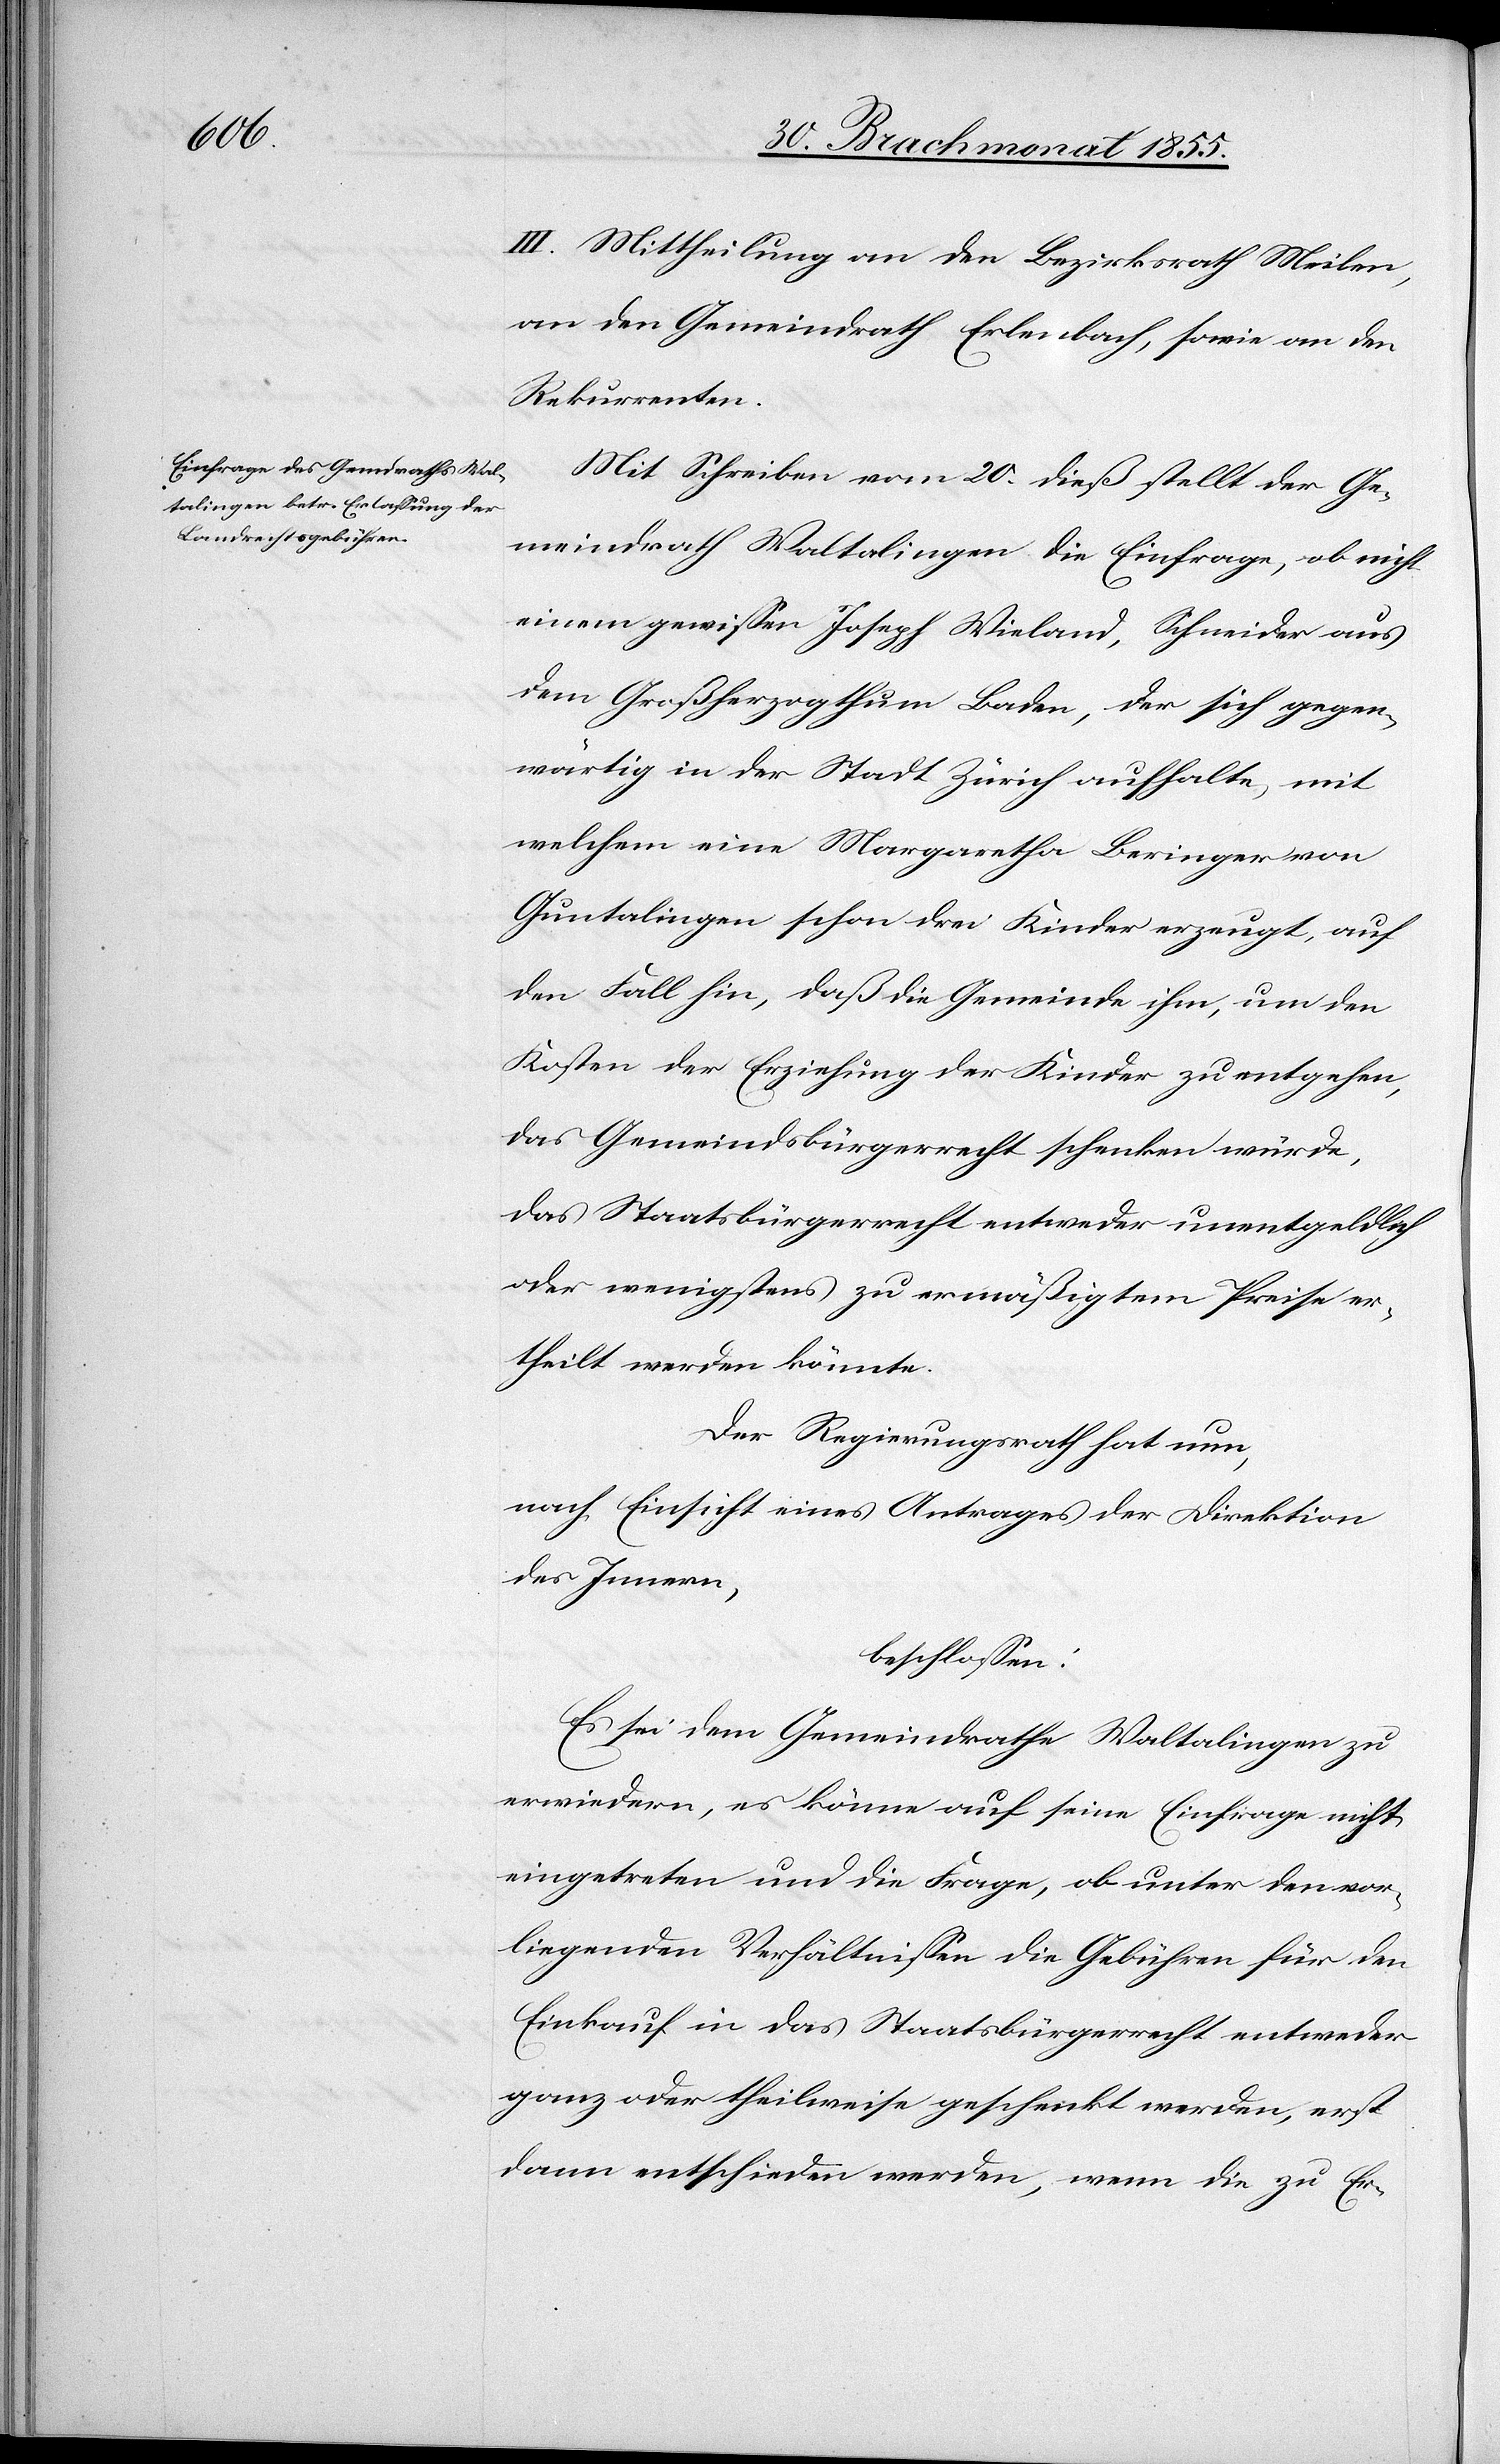
III. Mittheilung an den Bezirksrath Meilen,
an den Gemeindrath Erlenbach, sowie an den
Rekurrenten.
Mit Schreiben vom 20. dieß stellt der Ge¬
meindrath Waltalingen die Einfrage, ob nicht
einem gewissen Joseph Wieland, Schneider aus
dem Großherzogthum Baden, der sich gegen¬
wärtig in der Stadt Zürich aufhalte, mit
welchem eine Margaretha Beringer von
Guntalingen schon drei Kinder erzeugt, auf
den Fall hin, daß die Gemeinde ihm, um den
Kosten der Erziehung der Kinder zu entgehen,
das Gemeindsbürgerrecht schenken würde,
das Staatsbürgerrecht entweder unentgeldlich
oder wenigstens zu ermäßigtem Preise er¬
theilt werden könnte.
Der Regierungsrath hat nun,
nach Einsicht eines Antrages der Direktion
des Innern,
beschlossen:
Es sei dem Gemeindrathe Waltalingen zu
erwiedern, es könne auf seine Einfrage nicht
eingetreten und die Frage, ob unter den vor¬
liegenden Verhältnissen die Gebühren für den
Einkauf in das Staatsbürgerrecht entweder
ganz oder theilweise geschenkt werden, erst
dann entschieden werden, wenn die zu Er-